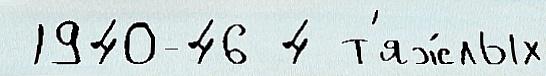
 1940-46 4 т'яж́лых